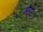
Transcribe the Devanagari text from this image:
औगर